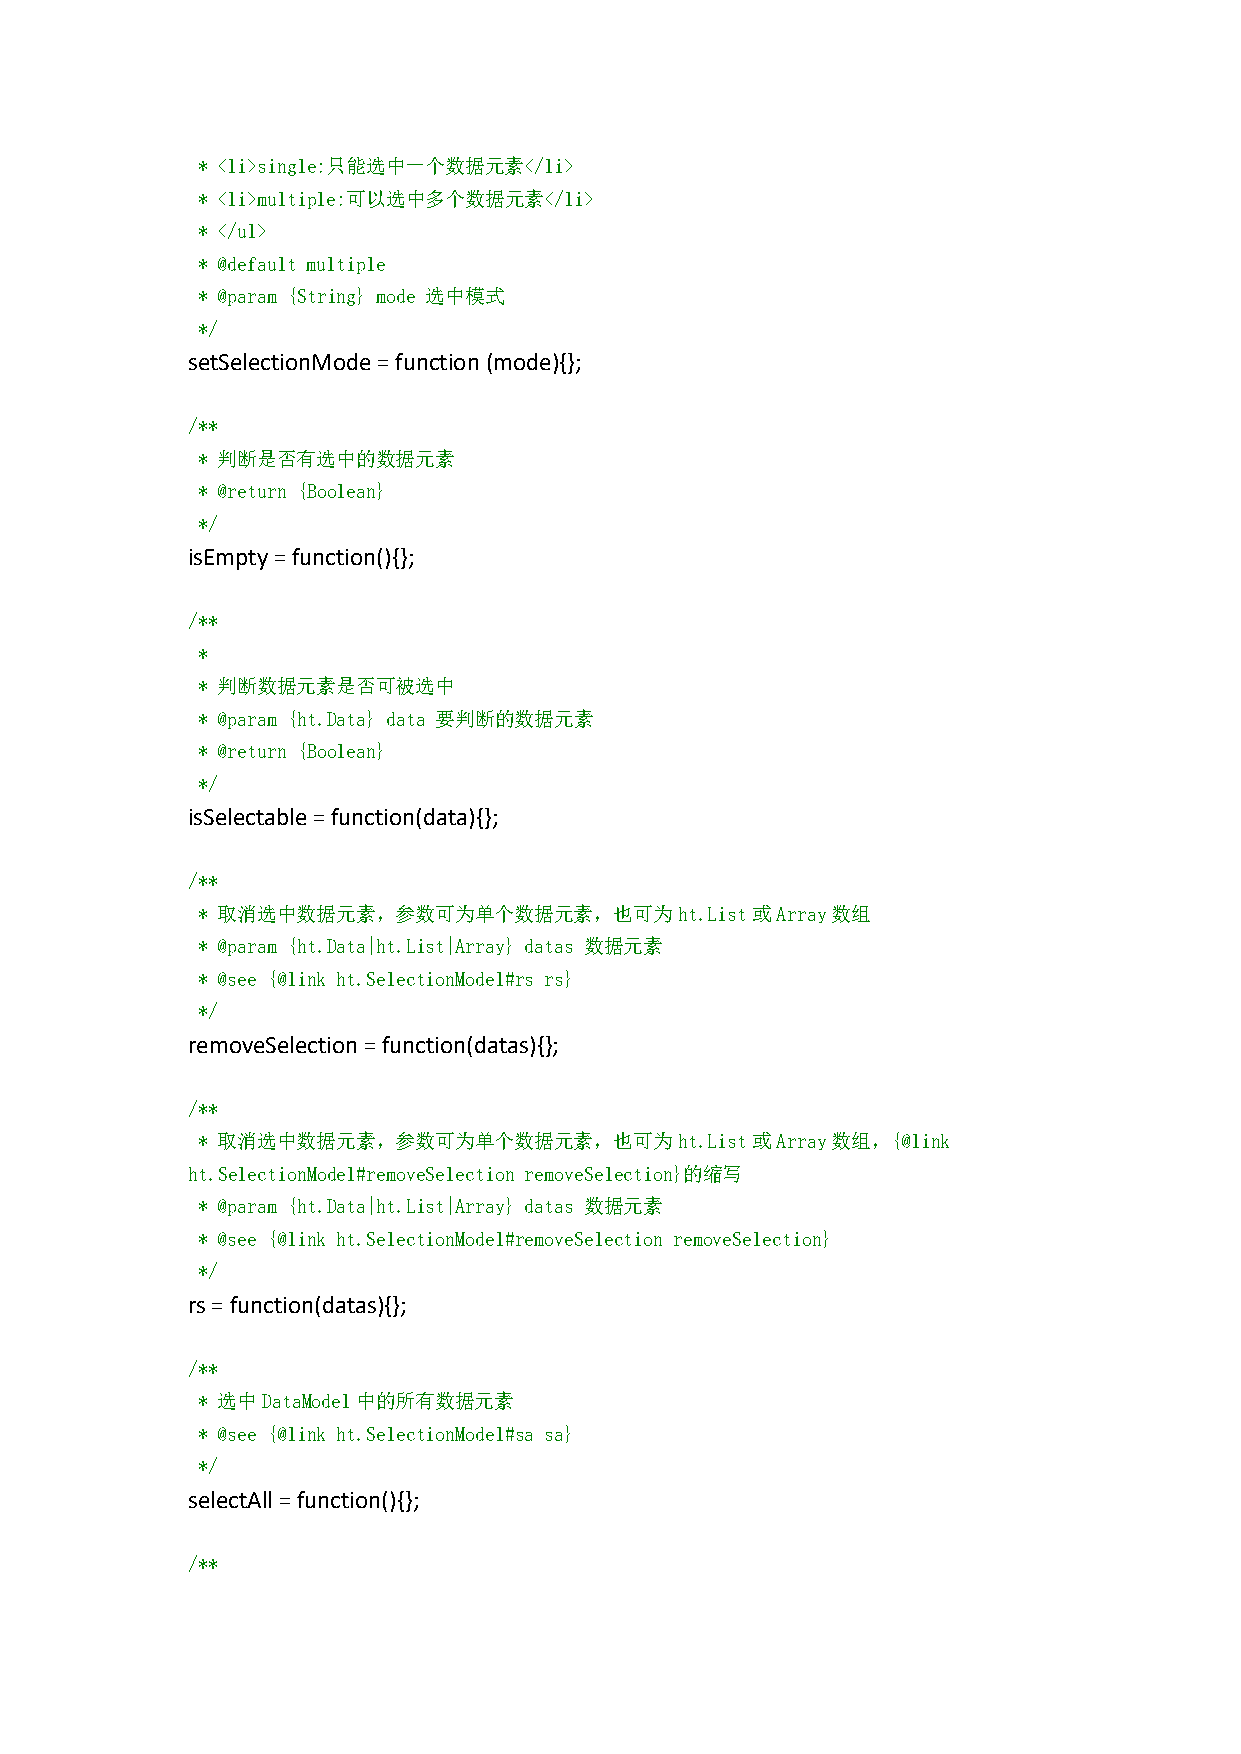
* <li>single:只能选中一个数据元素</li>
 * <li>multiple:可以选中多个数据元素</li>
 * </ul>
 * @default multiple
 * @param {String} mode 选中模式
 */
 setSelectionMode=function(mode){};
 /**
 * 判断是否有选中的数据元素
 * @return {Boolean}
 */
 isEmpty=function(){};
 /**
 *
 * 判断数据元素是否可被选中
 * @param {ht.Data} data 要判断的数据元素
 * @return {Boolean}
 */
 isSelectable=function(data){};
 /**
 * 取消选中数据元素，参数可为单个数据元素，也可为ht.List或Array数组
 * @param {ht.Data|ht.List|Array} datas 数据元素
 * @see {@link ht.SelectionModel#rs rs}
 */
 removeSelection=function(datas){};
 /**
 * 取消选中数据元素，参数可为单个数据元素，也可为ht.List或Array数组，{@link
 ht.SelectionModel#removeSelection removeSelection}的缩写
 * @param {ht.Data|ht.List|Array} datas 数据元素
 * @see {@link ht.SelectionModel#removeSelection removeSelection}
 */
 rs=function(datas){};
 /**
 * 选中DataModel中的所有数据元素
 * @see {@link ht.SelectionModel#sa sa}
 */
 selectAll=function(){};
 /**